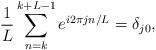
LaTeX: \begin{align*} \frac{1}{L} \sum_{n=k}^{k+L-1}e^{i2\pi jn/L}=\delta_{j0}, \end{align*}